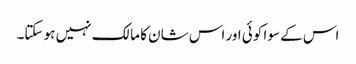
اس کے سوا کوئی اور اس شان کا مالک نہیں ہو سکتا۔